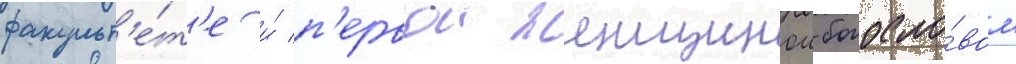
факульт'е́т'е и́ п'ервои женщинои-богосло́вом